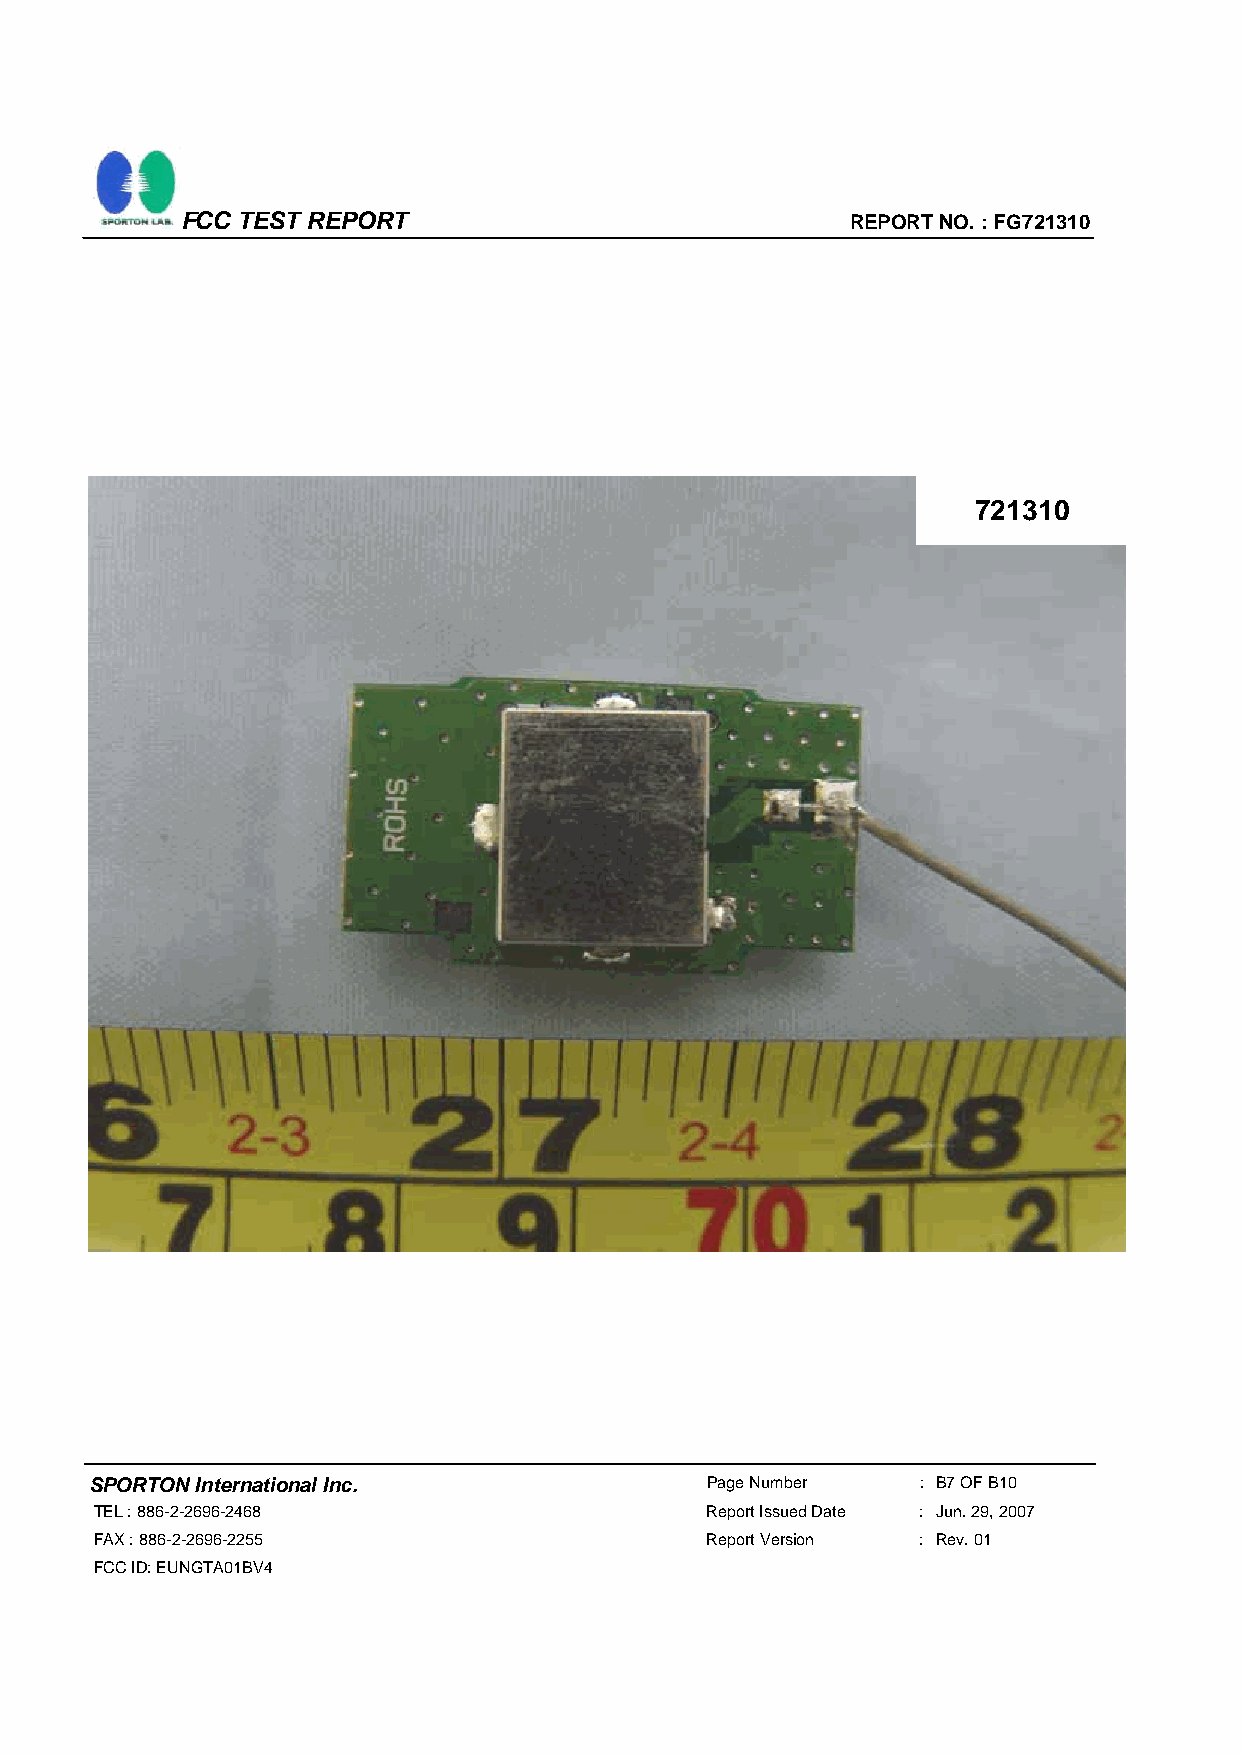
FCC TEST REPORT                             REPORT NO. : FG721310
 721310
 SPORTON International Inc.               Page Number   : B7 OF B10
 TEL : 886-2-2696-2468                    Report Issued Date : Jun. 29, 2007
 FAX : 886-2-2696-2255                    Report Version : Rev. 01
 FCC ID: EUNGTA01BV4